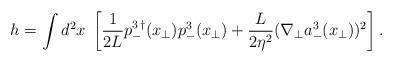
LaTeX: \begin{align*}h = \int d^2x \; \left[ \frac{1}{2 L} p^{3\,\dagger}_-({x}_{\bot}) p^{3}_-({x}_{\bot}) + \frac{L}{2\eta^2} (\nabla_{\bot} a^3_-({x}_{\bot}))^2\right].\end{align*}